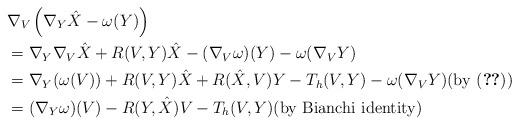
LaTeX: \begin{align*}&\nabla_V \left(\nabla_Y \hat X - \omega(Y )\right) \\&= \nabla_Y \nabla_V \hat X + R(V, Y)\hat X - (\nabla_V \omega)(Y) - \omega(\nabla_V Y)\\&=\nabla_Y (\omega (V)) + R(V, Y) \hat X + R(\hat X, V) Y - T_h (V, Y) - \omega(\nabla_V Y)\mbox{(by \eqref{eq:ODE})}\\&=(\nabla_Y \omega )(V) - R(Y, \hat X) V - T_h (V, Y)\mbox{(by Bianchi identity)}\end{align*}